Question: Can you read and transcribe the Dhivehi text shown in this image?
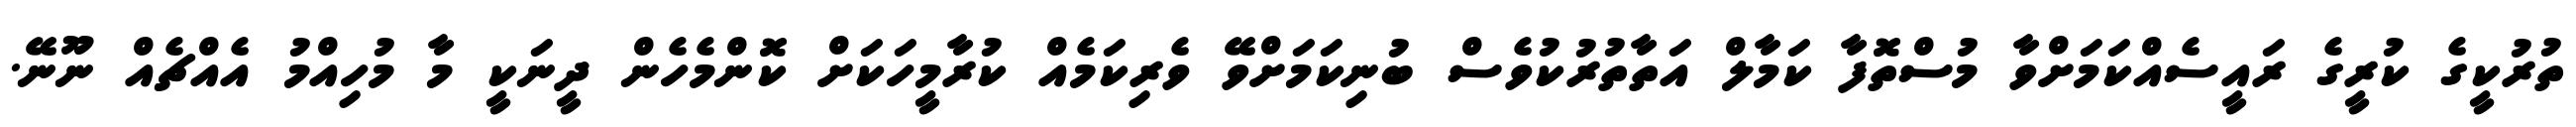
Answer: ތުރުކީގެ ކުރީގެ ރައީސެއްކަމަށްވާ މުސްތޮފާ ކަމާލް އަތާތުރުކުވެސް ބުނިކަމަށްވޭ ވެރިކަމެއް ކުރާމީހަކަށް ކޮންމެހެން ދީނަކީ މާ މުހިއްމު އެއްޗެއް ނޫނޭ.